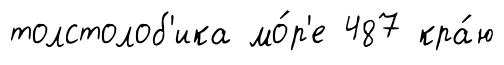
толстолоб'ика мо́р'е 487 кра́ю